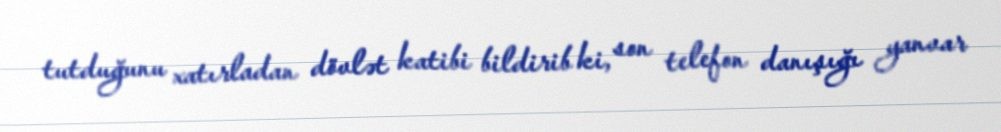
tutduğunu xatırladan dövlət katibi bildirib ki, son telefon danışığı yanvar